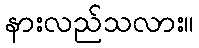
နားလည်သလား။